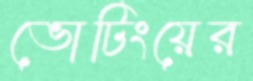
ভোটিংয়ের